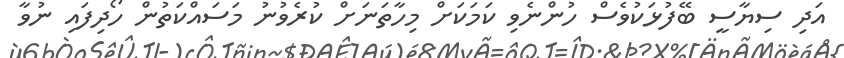
އަދި ސިޔާސީ ބޭފުޅަކުވެސް ހުންނެވި ކަމަކަށް މިހާތަނަށް ކުރެވުނު މަސައްކަތުން ހޯދިފައި ނުވާ